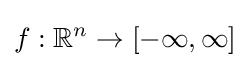
f:\mathbb {R} ^{n}\to [-\infty ,\infty ]